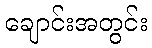
ချောင်းအတွင်း